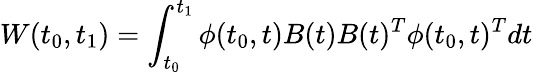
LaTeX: W(t_{0},t_{1})=\int_{t_{0}}^{t_{1}}\phi(t_{0},t)B(t)B(t)^{T}\phi(t_{0},t)^{T}dt